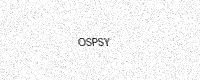
Text: OSPSY